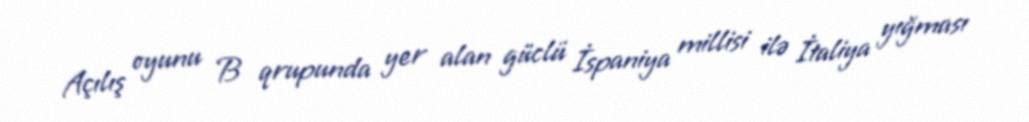
Açılış oyunu B qrupunda yer alan güclü İspaniya millisi ilə İtaliya yığması